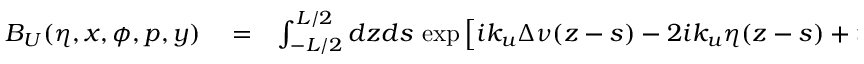
\begin{array} { r l r } { B _ { U } ( \eta , x , \phi , p , y ) } & { { } = } & { \int _ { - L / 2 } ^ { L / 2 } d z d s \, \exp \left[ i k _ { u } \Delta \nu ( z - s ) - 2 i k _ { u } \eta ( z - s ) + i k _ { u } T _ { \alpha } \left\{ ( x + y ) ( z - s ) + \frac { p } { 2 } ( z ^ { 2 } - s ^ { 2 } ) \right\} \right] } \end{array}